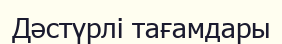
Дәстүрлі тағамдары